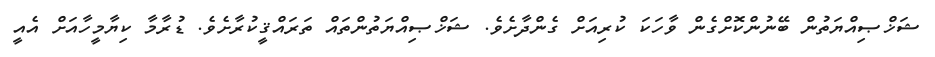
ޝަޚްޞިއްޔަތުން ބޭނުންކޮށްގެން ވާހަކަ ކުރިއަށް ގެންދާށެވެ. ޝަޚްޞިއްޔަތުންތައް ތަރައްޤީކުރާށެވެ. ޑުރާމާ ކިޔާމީހާއަށް އެއީ